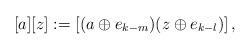
LaTeX: \begin{align*} [a][z]:=[(a\oplus e_{k-m})(z\oplus e_{k-l})]\,,\end{align*}